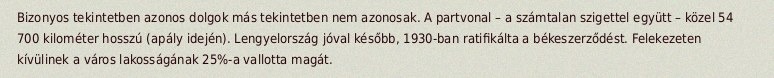
Bizonyos tekintetben azonos dolgok más tekintetben nem azonosak. A partvonal – a számtalan szigettel együtt – közel 54 700 kilométer hosszú (apály idején). Lengyelország jóval később, 1930-ban ratifikálta a békeszerződést. Felekezeten kívülinek a város lakosságának 25%-a vallotta magát.